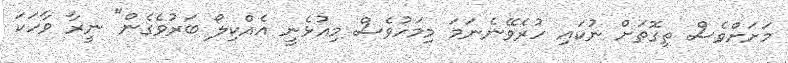
މަށަށްވެސް ތިގޮތަށް ނުކައި ހުރެވޭނެނަމަ މިމަހުވެސް މިއުޅެނީ އެއްކިލޯ ބަރުވެގެން" ނީރާ ވާހަކަ